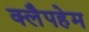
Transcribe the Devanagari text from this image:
क्लैपहेम